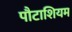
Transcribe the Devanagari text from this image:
पौटाशियम